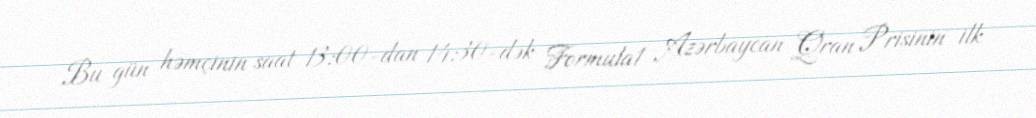
Bu gün həmçinin saat 13:00-dan 14:30-dək Formula1 Azərbaycan Qran Prisinin ilk